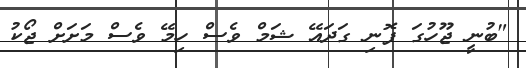
"ބުނީ ޖޫހުގަ ފޮނި ގަދައޭ ޝަމް ވެސް ހިމޭ ވެސް މަށަށް ޖޯކު